system: You are a helpful assistant.
user:
Analyze the provided spectrum to determine if it is a **"Cataclysmic Variables (CV)"**.

- **Key Indicators for CV (Check for either state):**
    - **State 1: Quiescent / Low-State (Emission-Dominated)**
        - **(Primary):** Strong and *very broad* Hydrogen Balmer emission lines (e.g., $H\alpha$ at 6563 Å, $H\beta$ at 4861 Å). The 'broadness' (high velocity dispersion, often FWHM > 1000 km/s) is the key diagnostic, indicating a high-velocity accretion disk.
        - **(Secondary):** Broad neutral Helium (He I) emission lines (e.g., 5876 Å, 6678 Å).
        - **(Key Confirmation):** Presence of high-excitation *ionized* Helium (He II) emission at 4686 Å. This is a strong indicator of accretion onto a white dwarf.
        - **(Line Profile):** Emission lines may exhibit a 'double-peaked' profile, which is a classic signature of a rotating accretion disk viewed at high inclination.

    - **State 2: Outburst / High-State (Absorption-Dominated)**
        - **(Primary):** Spectrum is dominated by a bright, blue continuum (looks like a hot star).
        - **(Secondary):** The emission lines from State 1 are weak, absent, or 'filled in', and are replaced by broad, shallow *absorption* lines (primarily Balmer and He I).
        - **(Morphology):** The overall spectrum mimics a hot B/A-type star. The crucial difference is that the absorption lines are significantly broader, shallower, and more 'washed-out' (or 'smeared') than the sharp lines of a normal stellar photosphere, due to high rotational speeds and pressure broadening in the disk.

Think first, call **spectral_visualization_tool** if needed to examine features in detail, then provide your final answer. Your response must adhere to the following strict rules:
1.  **Overall Structure:** Your response must follow the format `<think>...</think> <tool_call>...</tool_call> (if a tool is used) <answer>...</answer>`.
2.  **Tool Usage Constraint:** You may only make **one** tool call per turn.
3.  **Final Answer Format:** In the `<answer>` tag, your conclusion must be inside a `\boxed{}` command (e.g., `\boxed{YES}`), followed by your justification.

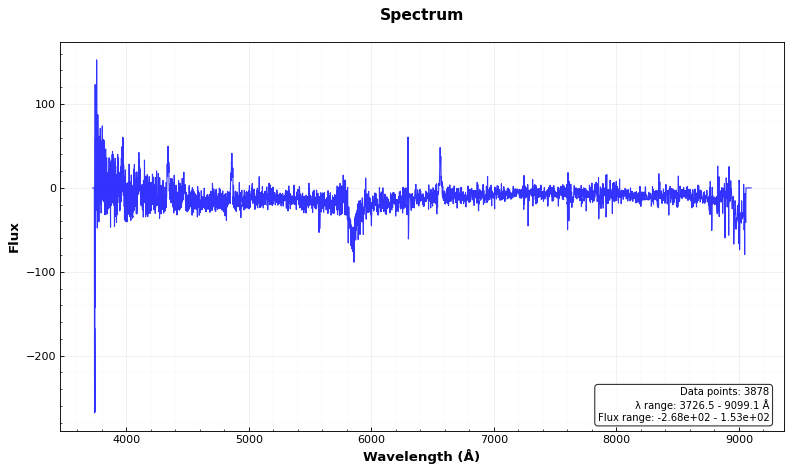
Answer: YES